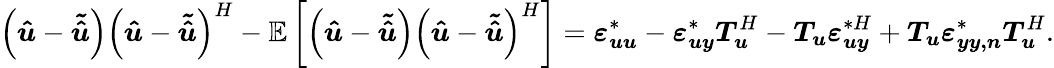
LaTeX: \left(\boldsymbol{\hat{u}}-\boldsymbol{\tilde{\hat{u}}}\right)\left(\boldsymbol{\hat{u}}-\boldsymbol{\tilde{\hat{u}}}\right)^{H}-\mathbb{E}\left[\left(\boldsymbol{\hat{u}}-\boldsymbol{\tilde{\hat{u}}}\right)\left(\boldsymbol{\hat{u}}-\boldsymbol{\tilde{\hat{u}}}\right)^{H}\right]=\boldsymbol{\varepsilon_{uu}}^{*}-\boldsymbol{\varepsilon_{uy}}^{*}\boldsymbol{T_{u}}^{H}-\boldsymbol{T_{u}}{\boldsymbol{\varepsilon_{uy}}^{*H}}+\boldsymbol{T_{u}}\boldsymbol{\varepsilon_{yy,n}}^{*}\boldsymbol{T_{u}}^{H}.